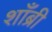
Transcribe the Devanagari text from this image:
शाँब्री